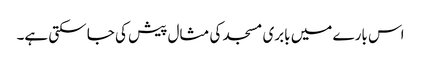
اس بارے میں بابری مسجد کی مثال پیش کی جا سکتی ہے۔